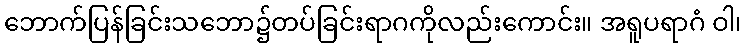
ဘောက်ပြန်ခြင်းသဘော၌တပ်ခြင်းရာဂကိုလည်းကောင်း။ အရူပရာဂံ ဝါ၊